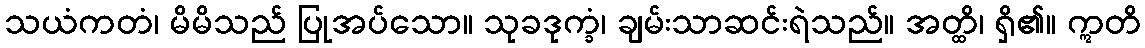
သယံကတံ၊ မိမိသည် ပြုအပ်သော။ သုခဒုက္ခံ၊ ချမ်းသာဆင်းရဲသည်။ အတ္ထိ၊ ရှိ၏။ ဣတိ